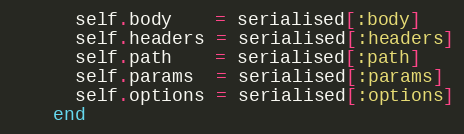
Language: Ruby
      self.body    = serialised[:body]
      self.headers = serialised[:headers]
      self.path    = serialised[:path]
      self.params  = serialised[:params]
      self.options = serialised[:options]
    end